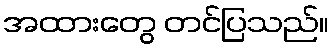
အထားတွေ တင်ပြသည်။